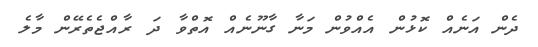
ދެން އަނެއް ކޮޅުން އެއްވުން މަނާ ގާނޫނެއް އޮތްވާ ދަ ރާއްޖެތެރޭން މާލެ